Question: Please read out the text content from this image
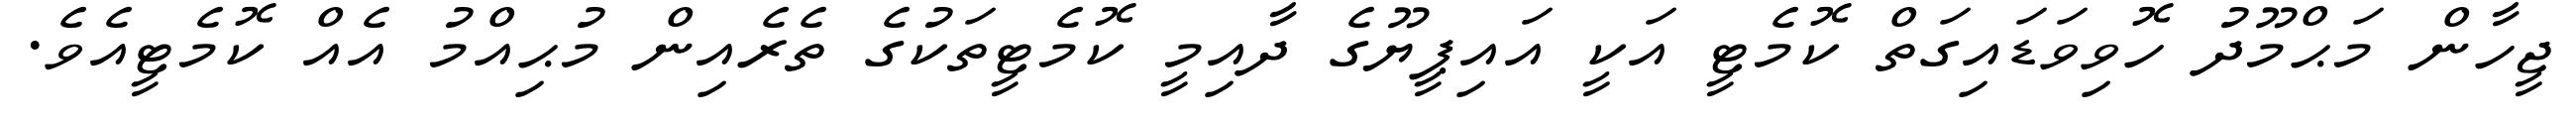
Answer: ޖީހާން މަޙްމޫދު ހޮވިވަޑައިގަތް ކޮމެޓީ އަކީ އައިޕީޔޫގެ ދާއިމީ ކޮމެޓީތަކުގެ ތެރެއިން މުޙިއްމު އެއް ކޮމެޓީއެވެ.